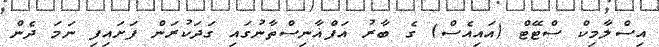
އިސްލާމިކް ސްޓޭޓް (އައިއެސް) ގެ ބާރު އަފްޣާނިސްތާނުގައި ގަދަކުރަން ފަށައިފި ނަމަ ދެން